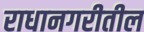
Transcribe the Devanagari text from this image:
राधानगरीतील